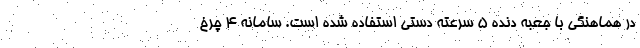
در هماهنگی با جعبه دنده 5 سرعته دستی استفاده شده است. سامانه 4 چرخ